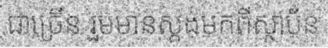
ជាច្រើន រួមមានស្តង់មកពីស្ថាប័ន